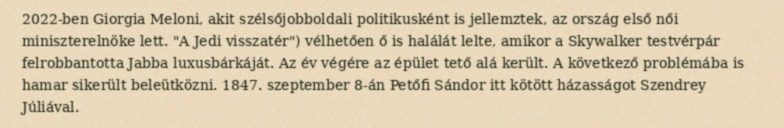
2022-ben Giorgia Meloni, akit szélsőjobboldali politikusként is jellemztek, az ország első női miniszterelnöke lett. "A Jedi visszatér") vélhetően ő is halálát lelte, amikor a Skywalker testvérpár felrobbantotta Jabba luxusbárkáját. Az év végére az épület tető alá került. A következő problémába is hamar sikerült beleütközni. 1847. szeptember 8-án Petőfi Sándor itt kötött házasságot Szendrey Júliával.